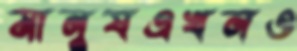
মানুষএখনও